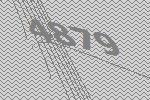
4879